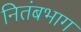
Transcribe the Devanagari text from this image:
नितंबभाग